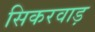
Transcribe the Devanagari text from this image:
सिकरवाड़